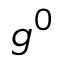
g ^ { 0 }